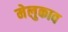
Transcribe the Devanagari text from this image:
मेलुकाव